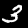
Label: 3